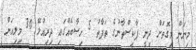
މިނަން މިގޮތަށް ދިނީ ޕާކިސްތާނުގެ ތަފާތު 5 ހިސާބެއްގައި ދިރިއުޅޭ 30 މިލިއަން